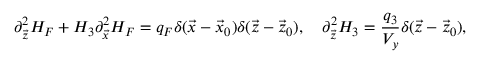
\partial _ { \vec { z } } ^ { 2 } H _ { F } + H _ { 3 } \partial _ { \vec { x } } ^ { 2 } H _ { F } = q _ { F } \delta ( { \vec { x } - \vec { x } _ { 0 } } ) \delta ( \vec { z } - \vec { z } _ { 0 } ) , \ \ \ \partial _ { \vec { z } } ^ { 2 } H _ { 3 } = { \frac { q _ { 3 } } { V _ { y } } } \delta ( { \vec { z } - \vec { z } _ { 0 } } ) ,